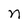
Character: n